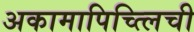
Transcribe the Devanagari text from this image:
अकामापिच्त्लिची